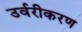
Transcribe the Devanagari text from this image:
उर्वरीकरण